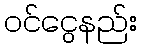
ဝင်ငွေနည်း